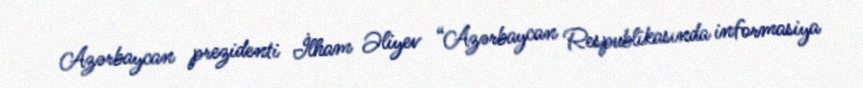
Azərbaycan prezidenti İlham Əliyev “Azərbaycan Respublikasında informasiya